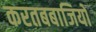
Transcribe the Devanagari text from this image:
करतबबाजियों